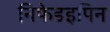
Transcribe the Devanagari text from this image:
निफेडइपिन